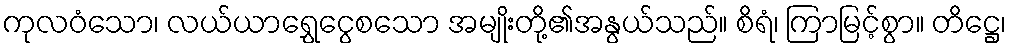
ကုလဝံသော၊ လယ်ယာရွှေငွေစသော အမျိုးတို့၏အနွယ်သည်။ စိရံ၊ ကြာမြင့်စွာ။ တိဋ္ဌေ၊